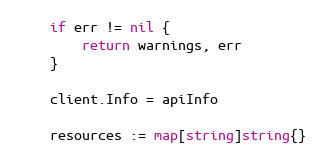
Language: Go
	if err != nil {
		return warnings, err
	}

	client.Info = apiInfo

	resources := map[string]string{}